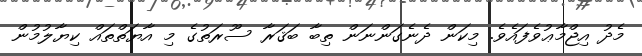
މެދު އިޖްމާޢުވެފައެވެ. މިކަން ދެނެގަންނަން ތިބާ ބަޤަރާ ސޫރަތުގެ މި އާޔަތްތައް ކިޔާލުމުން